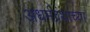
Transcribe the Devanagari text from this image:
अधर्मग्रंथांच्या